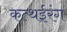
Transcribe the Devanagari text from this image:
कत्थईरंग